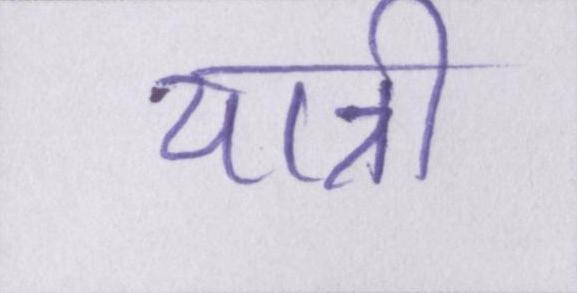
यात्री